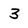
Character: 3